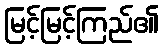
မြင့်မြင့်ကြည်၏